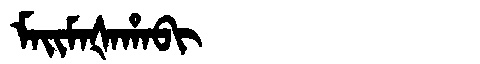
Manchu: ᠮᠠᡳᠮᠠᡧᠠᡥᠠᠪᡳ
Romanization: MAIMAŠAHABI